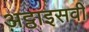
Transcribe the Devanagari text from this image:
अट्ठाइसवीं